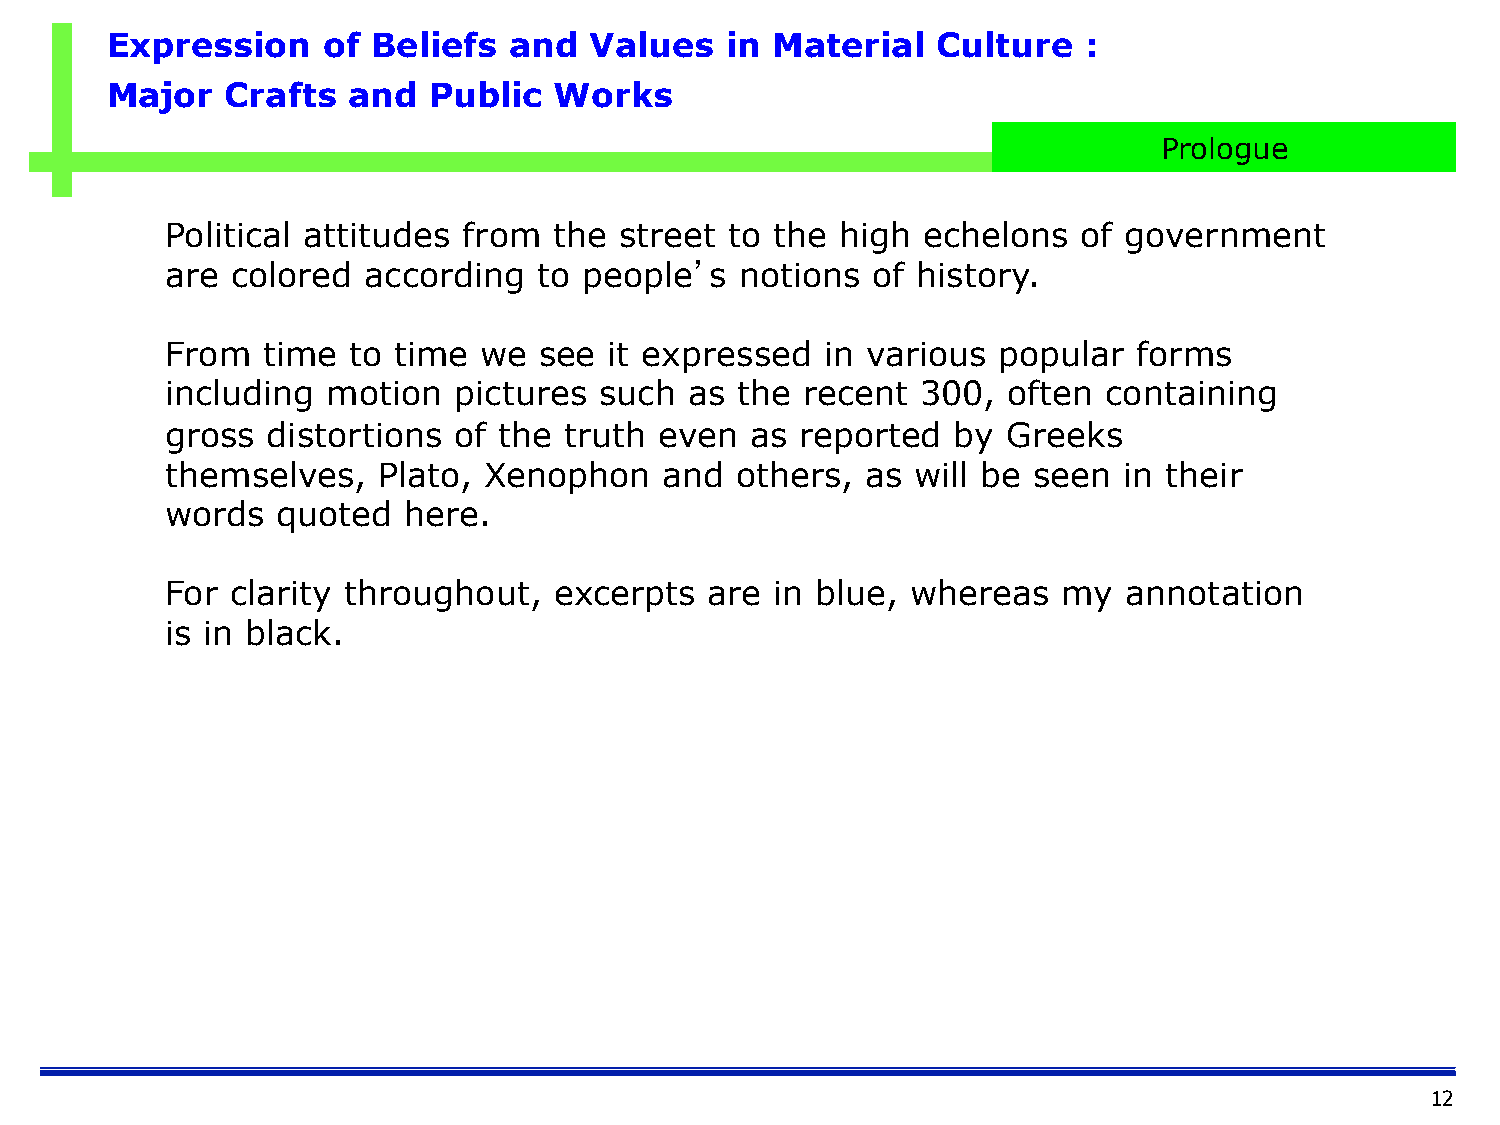
Expression    of  Beliefs  and  Values   in Material   Culture   :
 Major   Crafts  and  Public   Works
 Prologue
 Political attitudes from  the street to the  high echelons   of government
 are colored  according   to people’s  notions  of history.
 From  time  to time  we  see it expressed   in various popular  forms
 including  motion  pictures  such  as the recent  300,  often containing
 gross  distortions of the truth  even  as reported  by  Greeks
 themselves,   Plato, Xenophon    and  others, as  will be seen in their
 words  quoted   here.
 For clarity throughout,   excerpts  are in blue, whereas   my  annotation
 is in black.
 12